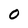
Character: 0